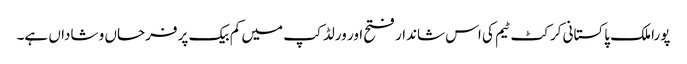
پورا ملک پاکستانی کرکٹ ٹیم کی اس شاندار فتح اور ورلڈ کپ میں کم بیک پر فرحاں و شاداں ہے۔